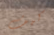
كهف